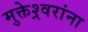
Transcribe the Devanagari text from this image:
मुक्तेश्र्वरांना